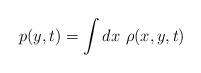
LaTeX: \begin{align*}p(y,t)=\int dx \ \rho(x,y,t)\end{align*}